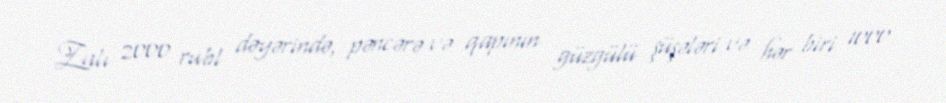
Zalı 2000 rubl dəyərində, pəncərə və qapının güzgülü şüşələri və hər biri 1000